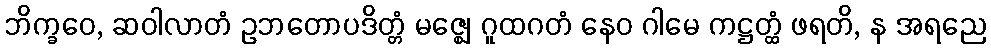
ဘိက္ခဝေ, ဆဝါလာတံ ဥဘတောပဒိတ္တံ မဇ္ဈေ ဂူထဂတံ နေဝ ဂါမေ ကဋ္ဌတ္ထံ ဖရတိ, န အရညေ